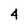
Character: 4